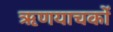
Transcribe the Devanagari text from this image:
ऋणयाचकों